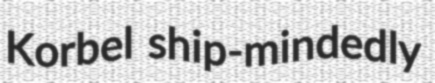
Korbel ship-mindedly